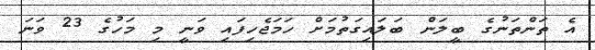
އެ ތަންތަނުގެ ބީލަން ބަލައިގަތުމަށް ހަމަޖެހިފައި ވަނީ މި މަހުގެ 23 ވަނަ